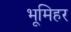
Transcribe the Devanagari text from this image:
भूमिहर